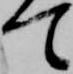
て